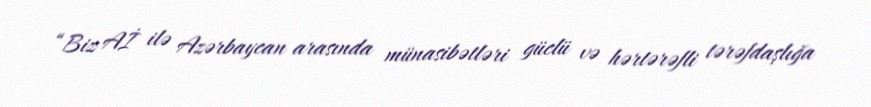
“Biz Aİ ilə Azərbaycan arasında münasibətləri güclü və hərtərəfli tərəfdaşlığa